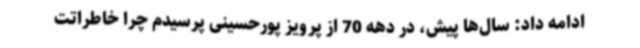
ادامه داد: سال‌ها پیش، در دهه 70 از پرویز پورحسینی پرسیدم چرا خاطراتت